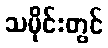
သမိုင်းတွင်